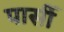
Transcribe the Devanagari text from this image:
पार्सी